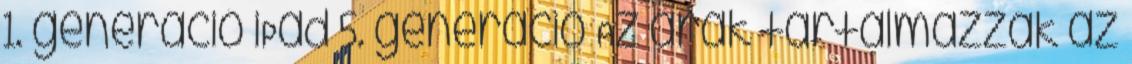
1. generáció iPad 5. generáció Az árak tartalmazzák az